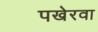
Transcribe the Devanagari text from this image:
पखेरवा